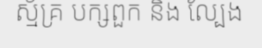
ស្ម័គ្រ បក្សពួក និង ល្បែង